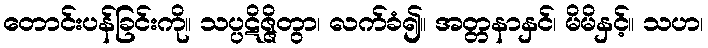
တောင်းပန်ခြင်းကို။ သပ္ပဋိဇ္ဇိတွာ၊ လက်ခံ၍။ အတ္တနာနှင်၊ မိမိနှင့်။ သဟ၊